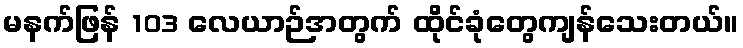
မနက်ဖြန် 103 လေယာဉ်အတွက် ထိုင်ခုံတွေကျန်သေးတယ်။